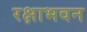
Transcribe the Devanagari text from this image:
रक्षाभवन